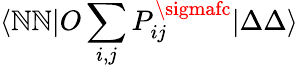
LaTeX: \langle\mathbb{N}\mathbb{N}|O\sum_{i,j}P_{ij}^{\sigmafc}|\Delta\Delta\rangle